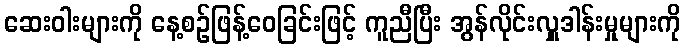
ဆေးဝါးများကို နေ့စဉ်ဖြန့်ဝေခြင်းဖြင့် ကူညီပြီး အွန်လိုင်းလှူဒါန်းမှုများကို